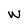
Character: W